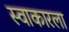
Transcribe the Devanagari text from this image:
स्वाकारला